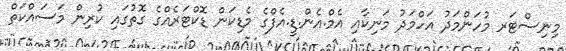
މިނިސްޓަރ މުހަންމަދު އަހްމަދު މަނިކާއި އެމް.އެން.ޑީ.އެފްގެ މެޑިކަން ޑޮކްޓަރެއްގެ ގޮތުގައި ކުރިން މަސައްކަތް